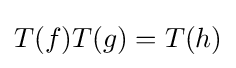
T(f)T(g)=T(h)